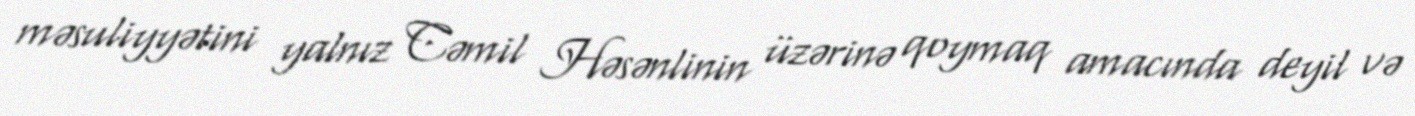
məsuliyyətini yalnız Cəmil Həsənlinin üzərinə qoymaq amacında deyil və